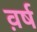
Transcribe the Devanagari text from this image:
व़र्ष